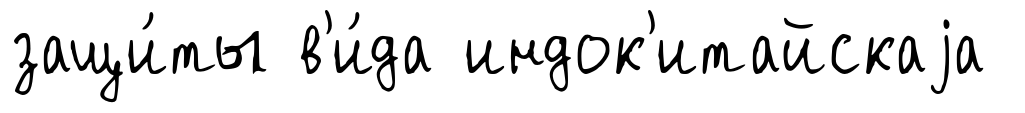
защи́ты в'и́да индок'итайскаjа